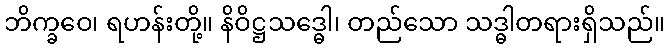
ဘိက္ခဝေ၊ ရဟန်းတို့။ နိဝိဋ္ဌသဒ္ဓေါ၊ တည်သော သဒ္ဓါတရားရှိသည်။